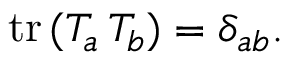
\mathrm { t r } \, ( T _ { a } \, T _ { b } ) = \delta _ { a b } .